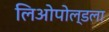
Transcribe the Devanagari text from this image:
लिओपोल्डला